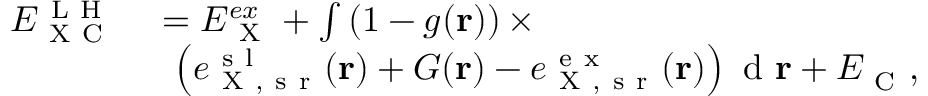
\begin{array} { r l } { E _ { \mathrm { ~ X ~ C ~ } } ^ { \mathrm { ~ L ~ H ~ } } } & { { } = E _ { \mathrm { ~ X ~ } } ^ { e x } + \int \left( 1 - g ( \mathbf { r } ) \right) \times } \\ { \phantom { \sum } } & { { } \: \: \left( e _ { \mathrm { ~ X ~ , ~ s ~ r ~ } } ^ { \mathrm { ~ s ~ l ~ } } ( \mathbf { r } ) + G ( \mathbf { r } ) - e _ { \mathrm { ~ X ~ , ~ s ~ r ~ } } ^ { \mathrm { ~ e ~ x ~ } } ( \mathbf { r } ) \right) \mathrm { ~ d ~ } \mathbf { r } + E _ { \mathrm { ~ C ~ } } ^ { } , } \end{array}